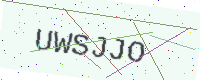
Text: UWSJJO